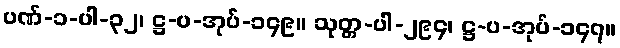
ပဏ်-၁-ပါ-၃၂၊ ဋ္ဌ-ပ-အုပ်-၁၄၉။ သုတ္တ-ပါ-၂၉၄၊ ဋ္ဌ-ပ-အုပ်-၁၄၇။